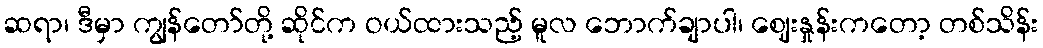
ဆရာ၊ ဒီမှာ ကျွန်တော်တို့ ဆိုင်က ဝယ်ထားသည့် မူလ ဘောက်ချာပါ၊ ဈေးနှုန်းကတော့ တစ်သိန်း